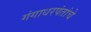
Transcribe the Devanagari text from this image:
गंगाधरपंतांचे